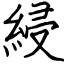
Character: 綅